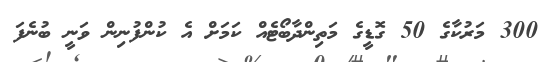
300 މަރުކާގެ 50 ގޮޑީގެ މަތިންދާބޯޓެއް ކަމަށް އެ ކުންފުނިން ވަނީ ބުނެފަ